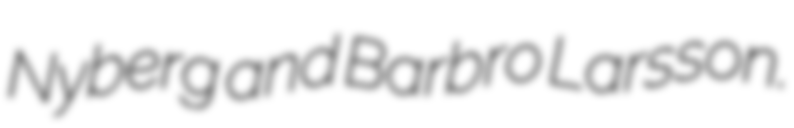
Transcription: Nyberg and Barbro Larsson.